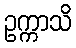
ဥက္ကာသိ